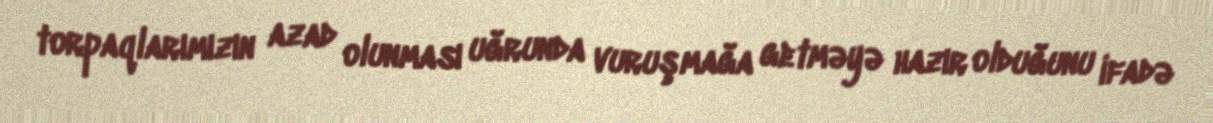
torpaqlarımızın azad olunması uğrunda vuruşmağa getməyə hazır olduğunu ifadə